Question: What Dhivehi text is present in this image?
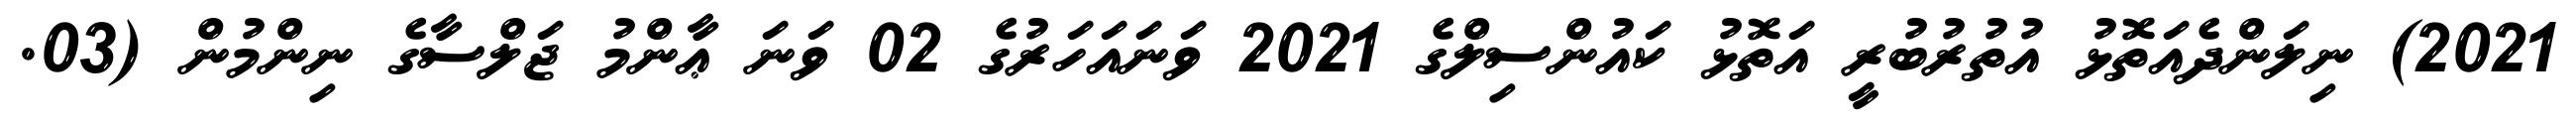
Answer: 2021) ނިލަންދެއަތޮޅު އުތުރުބުރީ އަތޮޅު ކައުންސިލްގެ 2021 ވަނައަހަރުގެ 02 ވަނަ ޢާންމު ޖަލްސާގެ ނިންމުން (03.